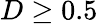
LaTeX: D\ge 0.5